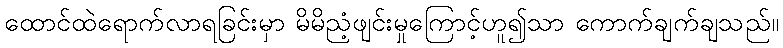
ထောင်ထဲရောက်လာရခြင်းမှာ မိမိညံ့ဖျင်းမှုကြောင့်ဟူ၍သာ ကောက်ချက်ချသည်။